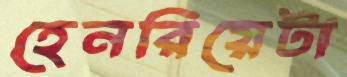
হেনরিয়েটা